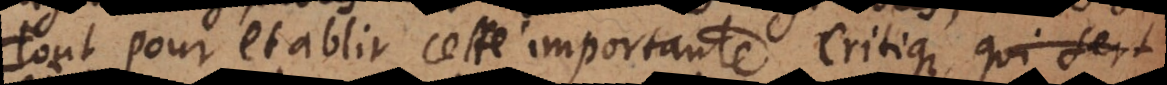
out pour établir cette importante Critique, qui sert